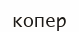
копер